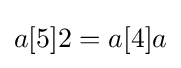
a[5]2=a[4]a